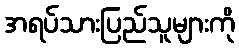
အရပ်သားပြည်သူများကို